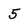
Character: 5